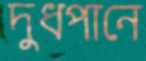
দুধপানে